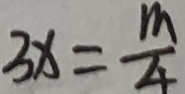
3 x = \frac { m } { 4 }